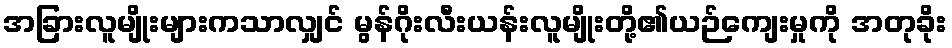
အခြားလူမျိုးများကသာလျှင် မွန်ဂိုးလီးယန်းလူမျိုးတို့၏ယဉ်ကျေးမှုကို အတုခိုး